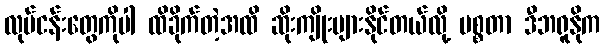
လုပ်ငန်းတွေကိုပါ ထိခိုက်တဲ့အထိ ဆိုးကျိုးများနိုင်တယ်လို့ မစ္စတာ ဒီဘရူနိုက